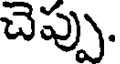
చెప్పు.